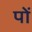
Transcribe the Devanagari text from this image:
पों